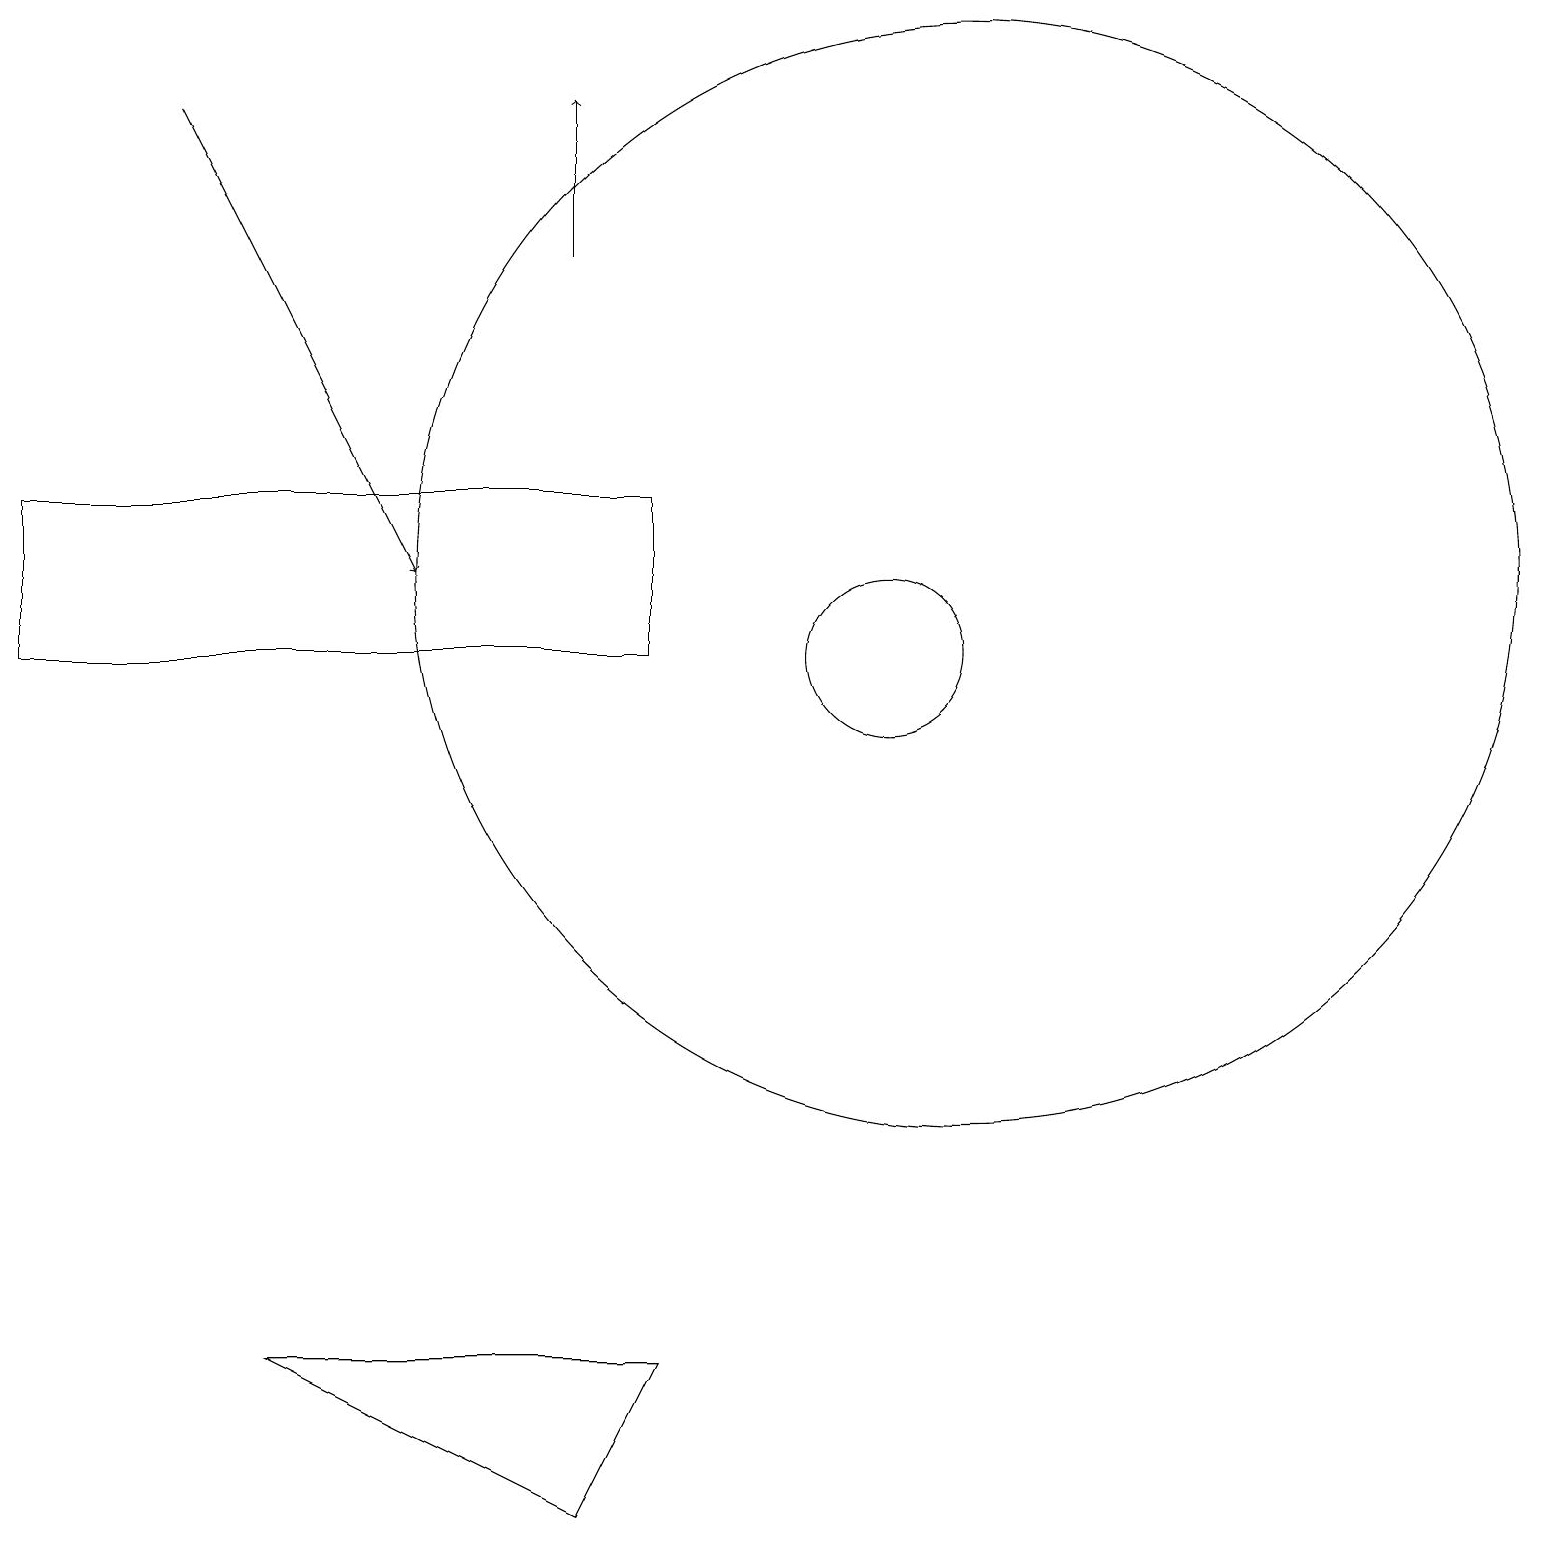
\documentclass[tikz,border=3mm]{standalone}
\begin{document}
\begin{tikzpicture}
\draw (7,0) -- (8,2) -- (3,2) -- cycle;
\draw[->] (7,16) -- (7,18);
\draw (12,12) circle (7);
\draw[->] (2,18) -- (5,12);
\draw (11,11) circle (1);
\draw (8,11) rectangle (0,13);
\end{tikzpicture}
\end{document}